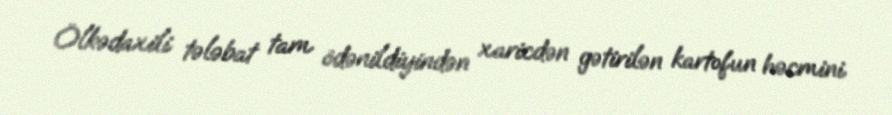
Ölkədaxili tələbat tam ödənildiyindən xaricdən gətirilən kartofun həcmini